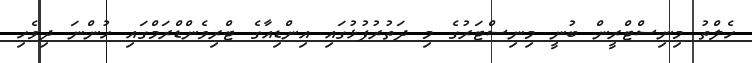
ހެލްތު މިނިސްޓްރީން ބުނީ މިނިސްޓަރުގެ މި ދަތުރުފުޅުގައި އިންޑިއާގެ ޓްރިވެންޑްރަމްގައި ހުންނަ ދިވެހި